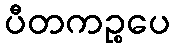
ပီတကဉ္စပေ